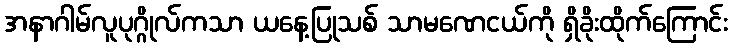
အနာဂါမ်လူပုဂ္ဂိုလ်ကသာ ယနေ့ပြုသစ် သာမဏေငယ်ကို ရှိခိုးထိုက်ကြောင်း